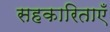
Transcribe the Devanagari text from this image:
सहकारिताएँ